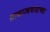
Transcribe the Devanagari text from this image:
साम्राज्यवादाच्या